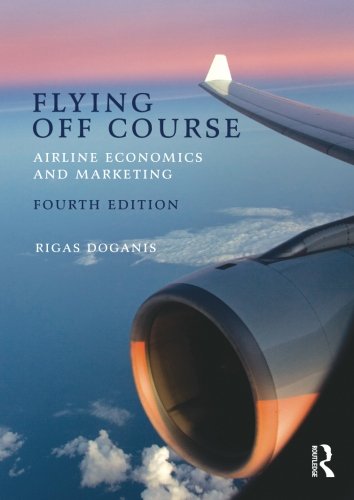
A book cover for Flying Off Course IV: Airline economics and marketing; Rigas Doganis; Engineering & Transportation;